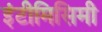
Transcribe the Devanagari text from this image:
इंटीमिसिमी